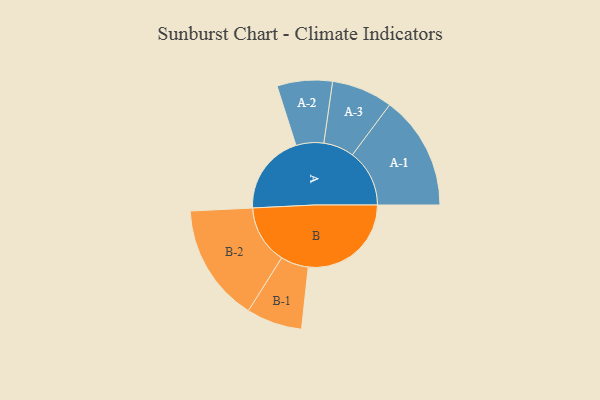
{"axis": {"x": "Segment", "y": "Value"}, "legend": ["", "A", "B"], "data": [{"x": "A", "y": 352, "type": ""}, {"x": "B", "y": 451, "type": ""}, {"x": "A-1", "y": 250, "type": "A"}, {"x": "A-2", "y": 121, "type": "A"}, {"x": "A-3", "y": 134, "type": "A"}, {"x": "B-1", "y": 122, "type": "B"}, {"x": "B-2", "y": 258, "type": "B"}]}